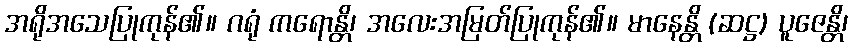
အရိုအသေပြုကုန်၏။ ဂရုံ ကရောန္တိ၊ အလေးအမြတ်ပြုကုန်၏။ မာနေန္တိ (ဆဋ္ဌ) ပူဇေန္တိ၊